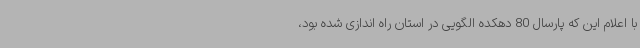
با اعلام این که پارسال 80 دهکده الگویی در استان راه اندازی شده بود،